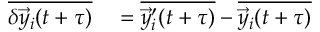
\begin{array} { r l } { \overline { { \delta \vec { y } _ { i } ( t + \tau ) } } } & { { } = \overline { { \vec { y } _ { i } ^ { \prime } ( t + \tau ) } } - \overline { { \vec { y } _ { i } ( t + \tau ) } } } \end{array}